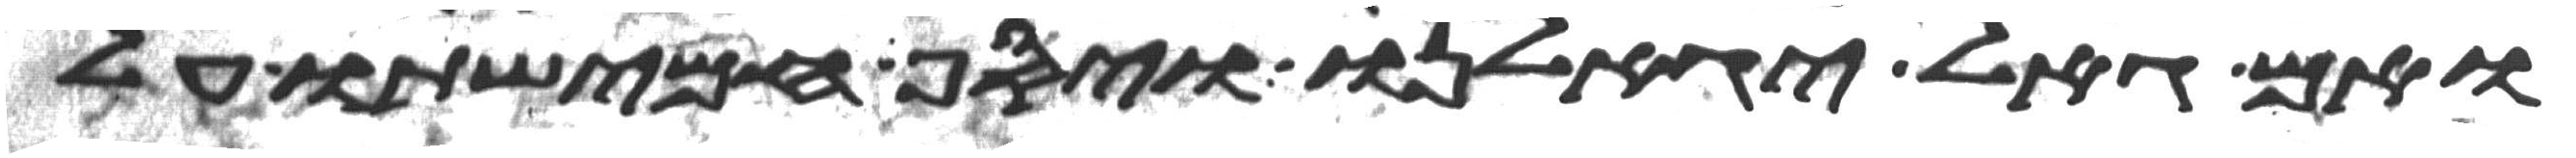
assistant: ואם גאל יגאלנו ויסף חמישתו על